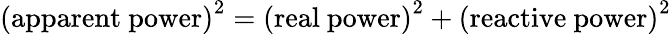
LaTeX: {\mathrm{(apparent~power)}}^{2}={\mathrm{(real~power)}}^{2}+{\mathrm{(reactive~power)}}^{2}